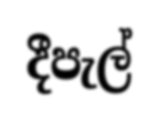
දීපැල්